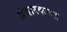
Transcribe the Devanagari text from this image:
अंबारकपत